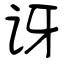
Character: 讶